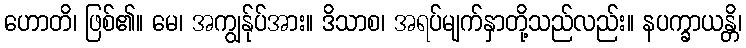
ဟောတိ၊ ဖြစ်၏။ မေ၊ အကျွန်ုပ်အား။ ဒိသာစ၊ အရပ်မျက်နှာတို့သည်လည်း။ နပက္ခာယန္တိ၊